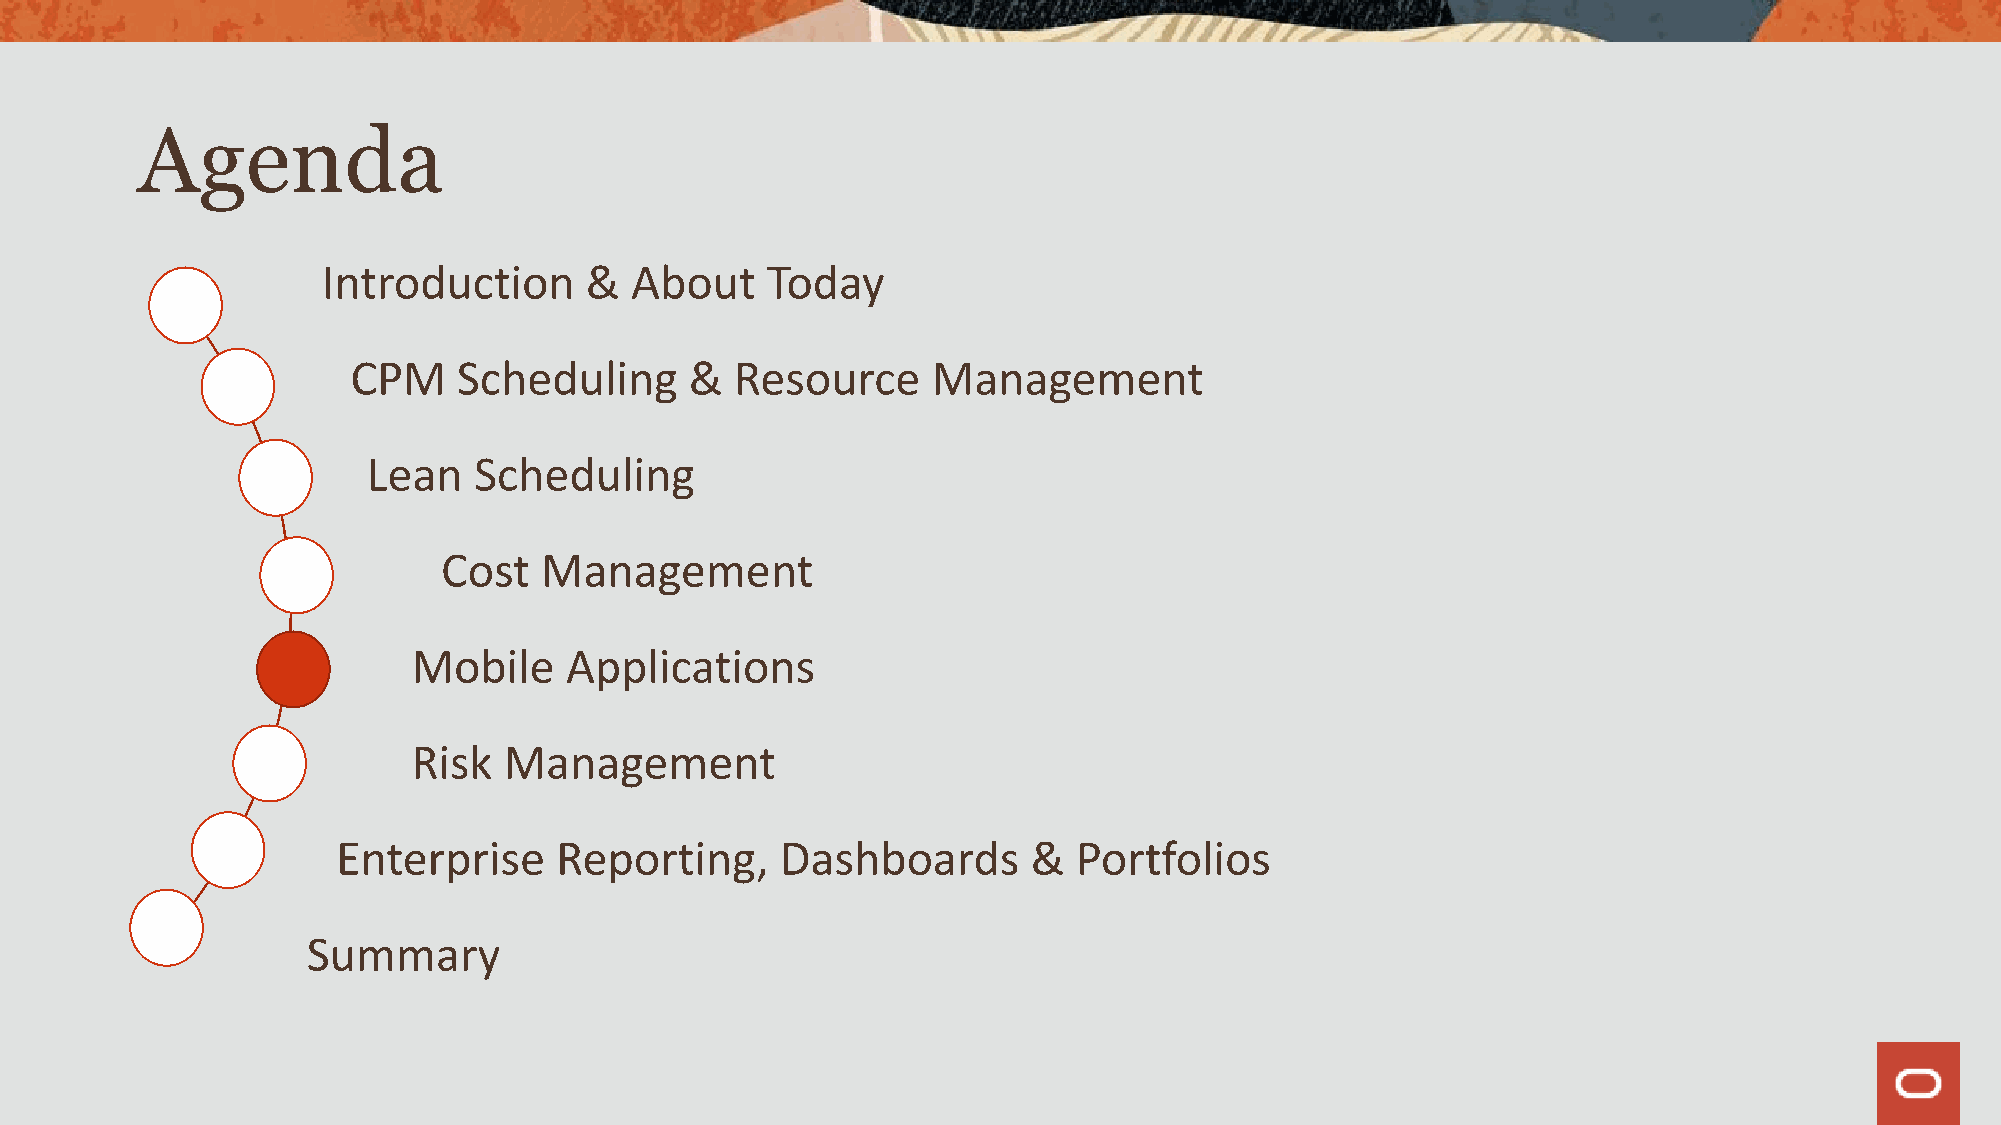
Agenda
 Introduction      &  About    Today
 CPM    Scheduling      &  Resource     Management
 Lean   Scheduling
 Cost   Management
 Mobile    Applications
 Risk  Management
 Enterprise     Reporting,     Dashboards      &  Portfolios
 Summary